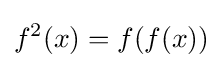
f^{2}(x)=f(f(x))